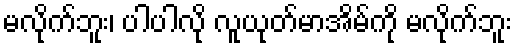
မလိုက်ဘူး၊ ပါပါလို လူယုတ်မာအိမ်ကို မလိုက်ဘူး